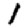
Digit: 1